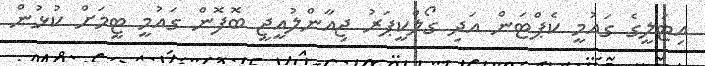
އިޓަލީގެ ގައުމީ ކެޕްޓަން އަދި ގޯލްކީޕަރު ޖިއާންލުއީޖީ ބޮފޮން ގައުމީ ޓީމަށް ކުޅުން